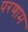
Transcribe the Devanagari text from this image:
परणाम